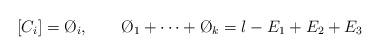
LaTeX: \begin{align*}[C_i] = \O_i, \qquad \O_1 + \dots + \O_k = l - E_1 + E_2 + E_3\end{align*}